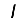
Digit: 1